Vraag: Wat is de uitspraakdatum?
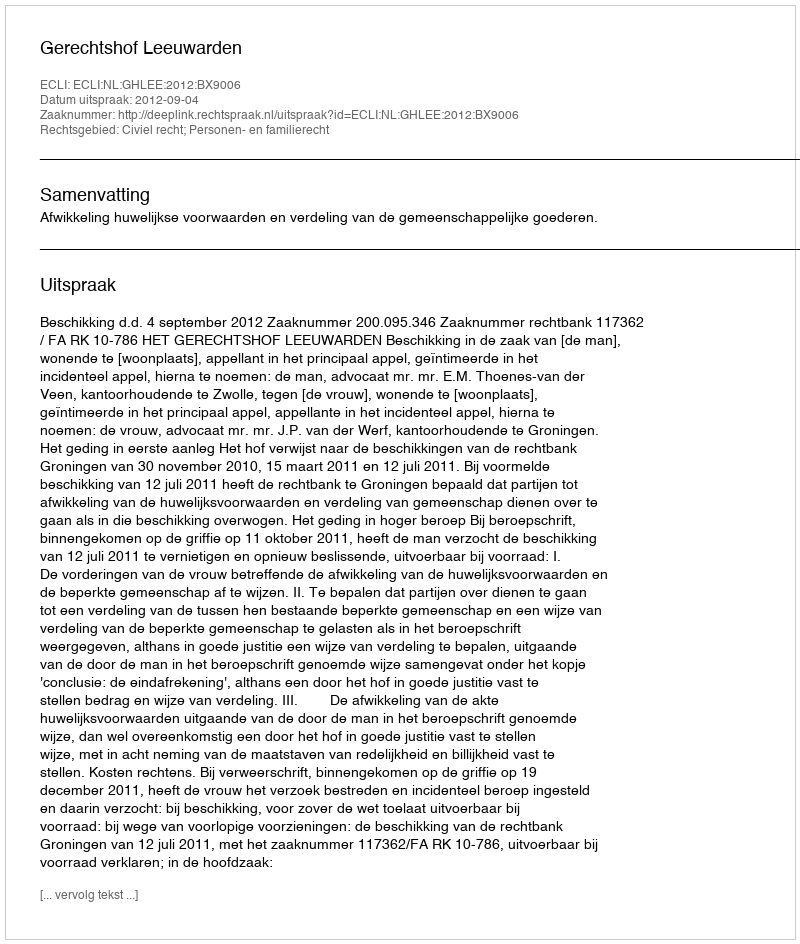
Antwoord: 2012-09-04